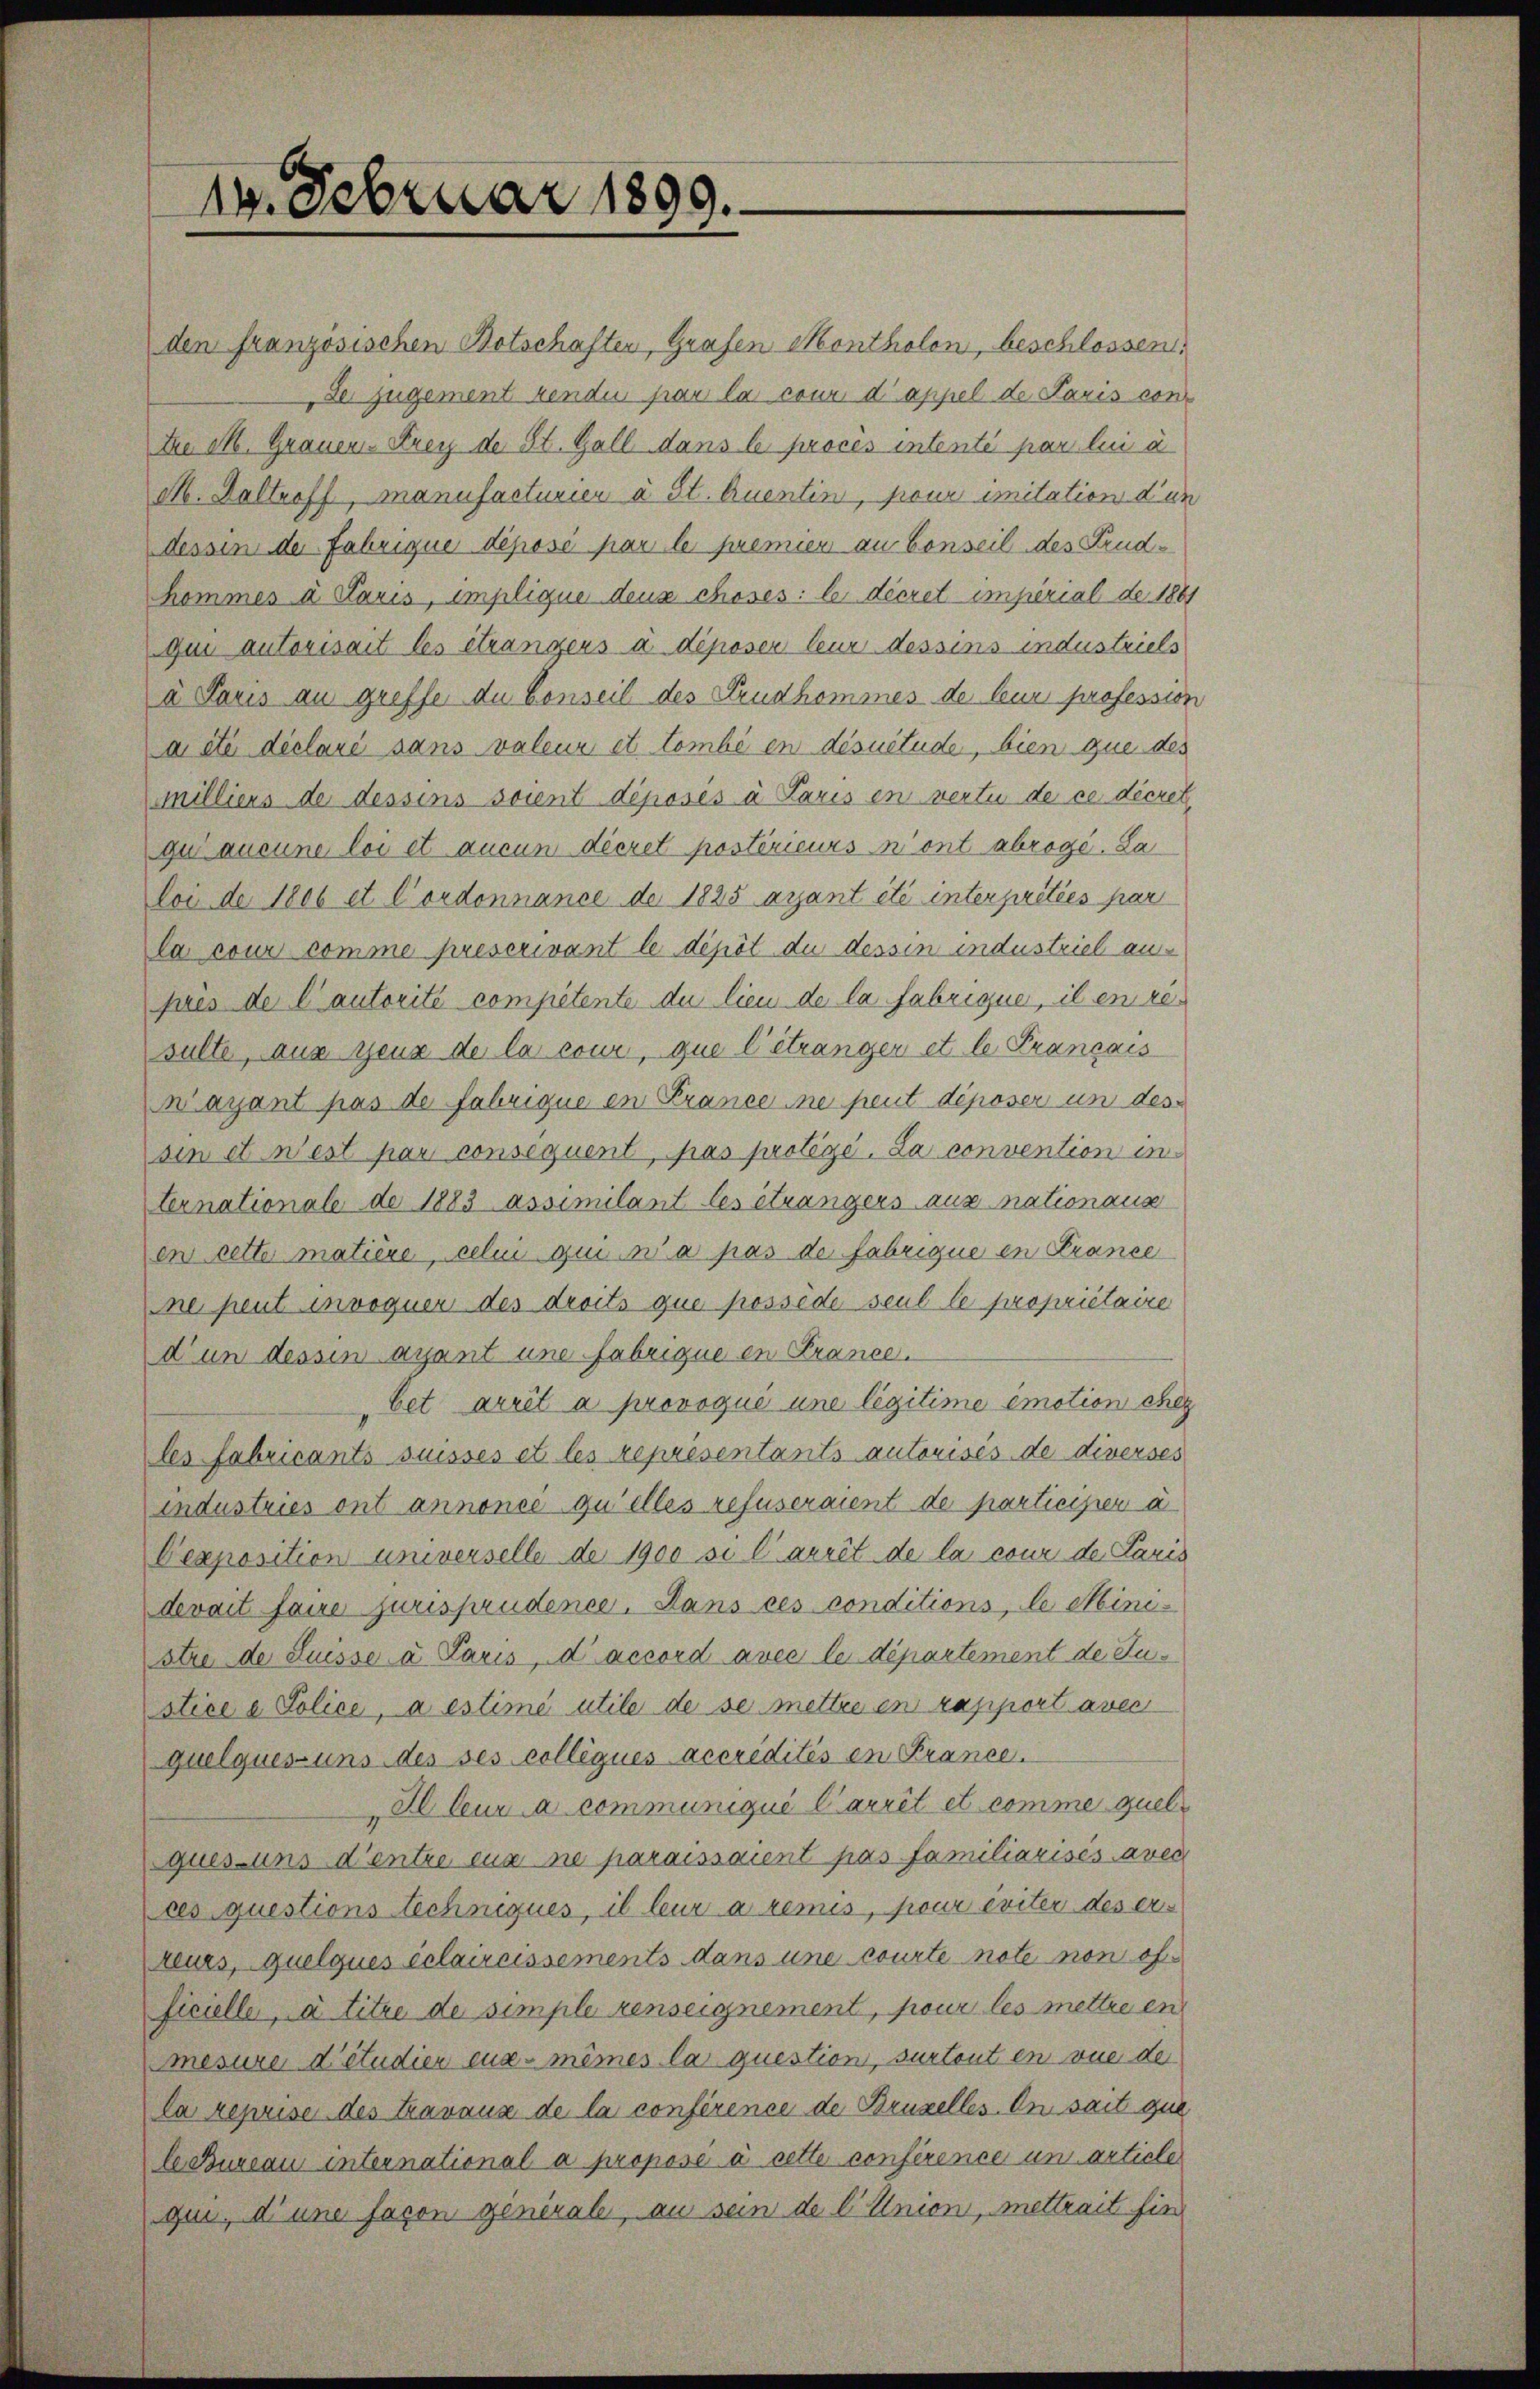
19. Februar 1899.

den französischen Botschaften, Grafen Montholen, beschlossen:
der zugement vendu par la cour d’appel de Paris con¬
Die M. Grauen Krey der St. Gall dans le proces intente par lui a
M. Galtroff, manufacturier à St. Quentin, pour imitation dun
dessen der Fabrique déposé par le premier an Conseil des Krudkommes à Paris, emplique deux choses: le décret imperial de 1881
qui autorisait les étrangens a déposer leur dessins industriels
a Paris au greffe du Conseil des Trudhommes de leur profession
a été déclaré sans valeur et tombé en desuetude, bien que des
milliens der dessens soient déposés à Paris en vertu de ce decret
gu aucune loi et aucun dieret postérieurs n’ont abrogé. La
loi de 1806 et Cordonnance der 1825 ayant été interpretiés par
la cour comme prescrivant le dépôt du dessin industriel aujures de l’autorité competente du lieu de la fabrique, il en resalte, aus genz der la cour, que l’étranger et le Prançais
Wayant pas de fabrique en France ne peut déposer un dessin et n’est par consequent, pas protege. La convention in
ternationale de 1883 assimilant les étrangers aus nationause
en rette matière, celui qui n’a pas de fabrique en Krance
ne peut invoquer des droits que possède seul le propriétaire
d’un dessin ayant une fabrique en France.
bet arrêt a provoqué une légitime emotion chez
les fabricants suisses et les représentants autorisés de diverses
industries ont annonce qu’elles refuseraient de participer a
Dexposition universelle de 1900 si l’arrêt de la cour de Paris
devait faire jurisprudence. Dans ces conditions, le Mini-
stre de Suisse a Paris, d’accord avec le département de Justice a Police, à estimé utile de se mettre en rapport avec
quelques-uns des ses collégués accrédités en Krance.
Il leur a communiqué Carrêt et comme quelques-uns d’entre eux ne paraissaient pas familiarisés avec
ces questions techneques, il leur a remis, sieur éviter des erreurs, quelques éclaireissements dans une courte note non of
ficielle, à titre de simple renseignement, pour les mettre en
mesure d’étudier eux-mêmes la question, sur tout en vue der
la reprise des travaux de la conférence de Brüzelles in sait que
le Bureau international a propose à cette conférence und article
qui, d’une facon general, an sein de l Union, mettrait fin